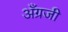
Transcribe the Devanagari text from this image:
अँग्रजी